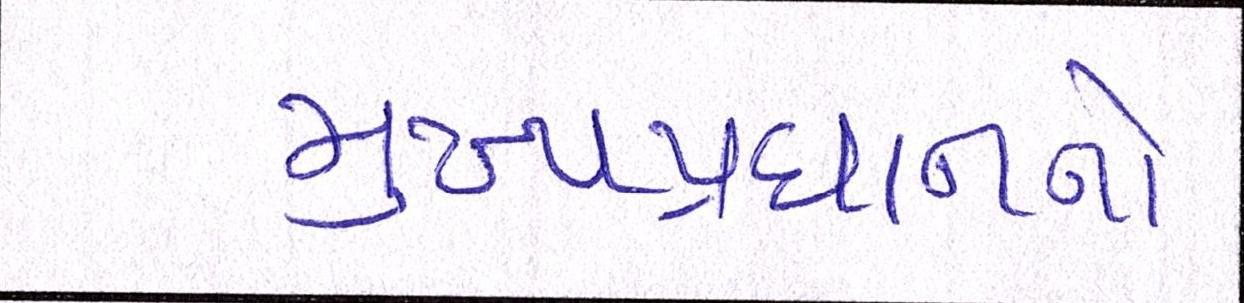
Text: મુખ્યપ્રધાનનો